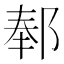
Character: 𬪅